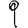
Digit: 9